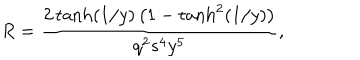
R = \frac { 2 \tanh ( 1 / y ) \left( 1 - \tanh ^ { 2 } ( 1 / y ) \right) } { q ^ { 2 } s ^ { 4 } y ^ { 5 } } ,